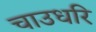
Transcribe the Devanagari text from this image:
चाउधरि